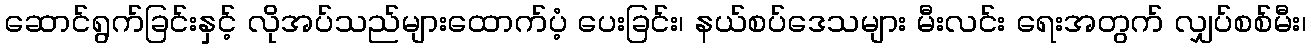
ဆောင်ရွက်ခြင်းနှင့် လိုအပ်သည်များထောက်ပံ့ ပေးခြင်း၊ နယ်စပ်ဒေသများ မီးလင်း ရေးအတွက် လျှပ်စစ်မီး၊